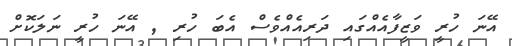
އޭނަ ހުރީ ވަޒީފާއެއްގައި ދަރިއެއްވެސް އެބަ ހުރި